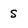
Character: s